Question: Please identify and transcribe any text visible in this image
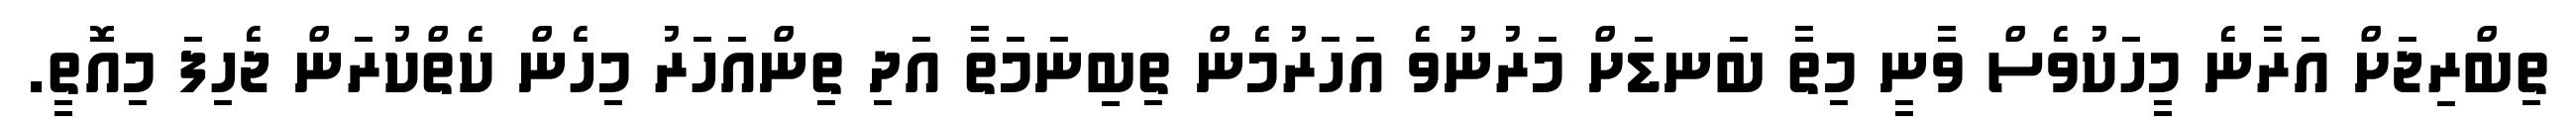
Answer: ތިބްރިޖަށް އަރާނެ މީހަކުވެސް ވާނީ މިތާ ބަނޑަށް މަރުނުވެ އަހަރުމެން ތިބިިނަމަތާ އަދި ތިންއަހަރު މިހެން ކެތްކުރަން ޖެހިފަ މިއޮތީ.